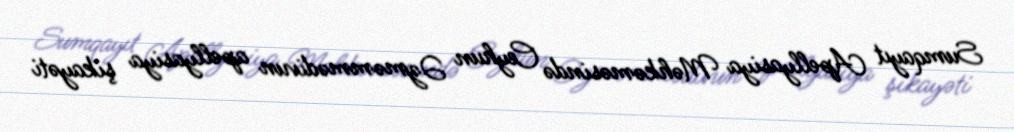
Sumqayıt Apellyasiya Məhkəməsində Ceyhun Əzməmmədivun apellyasiya şikayəti